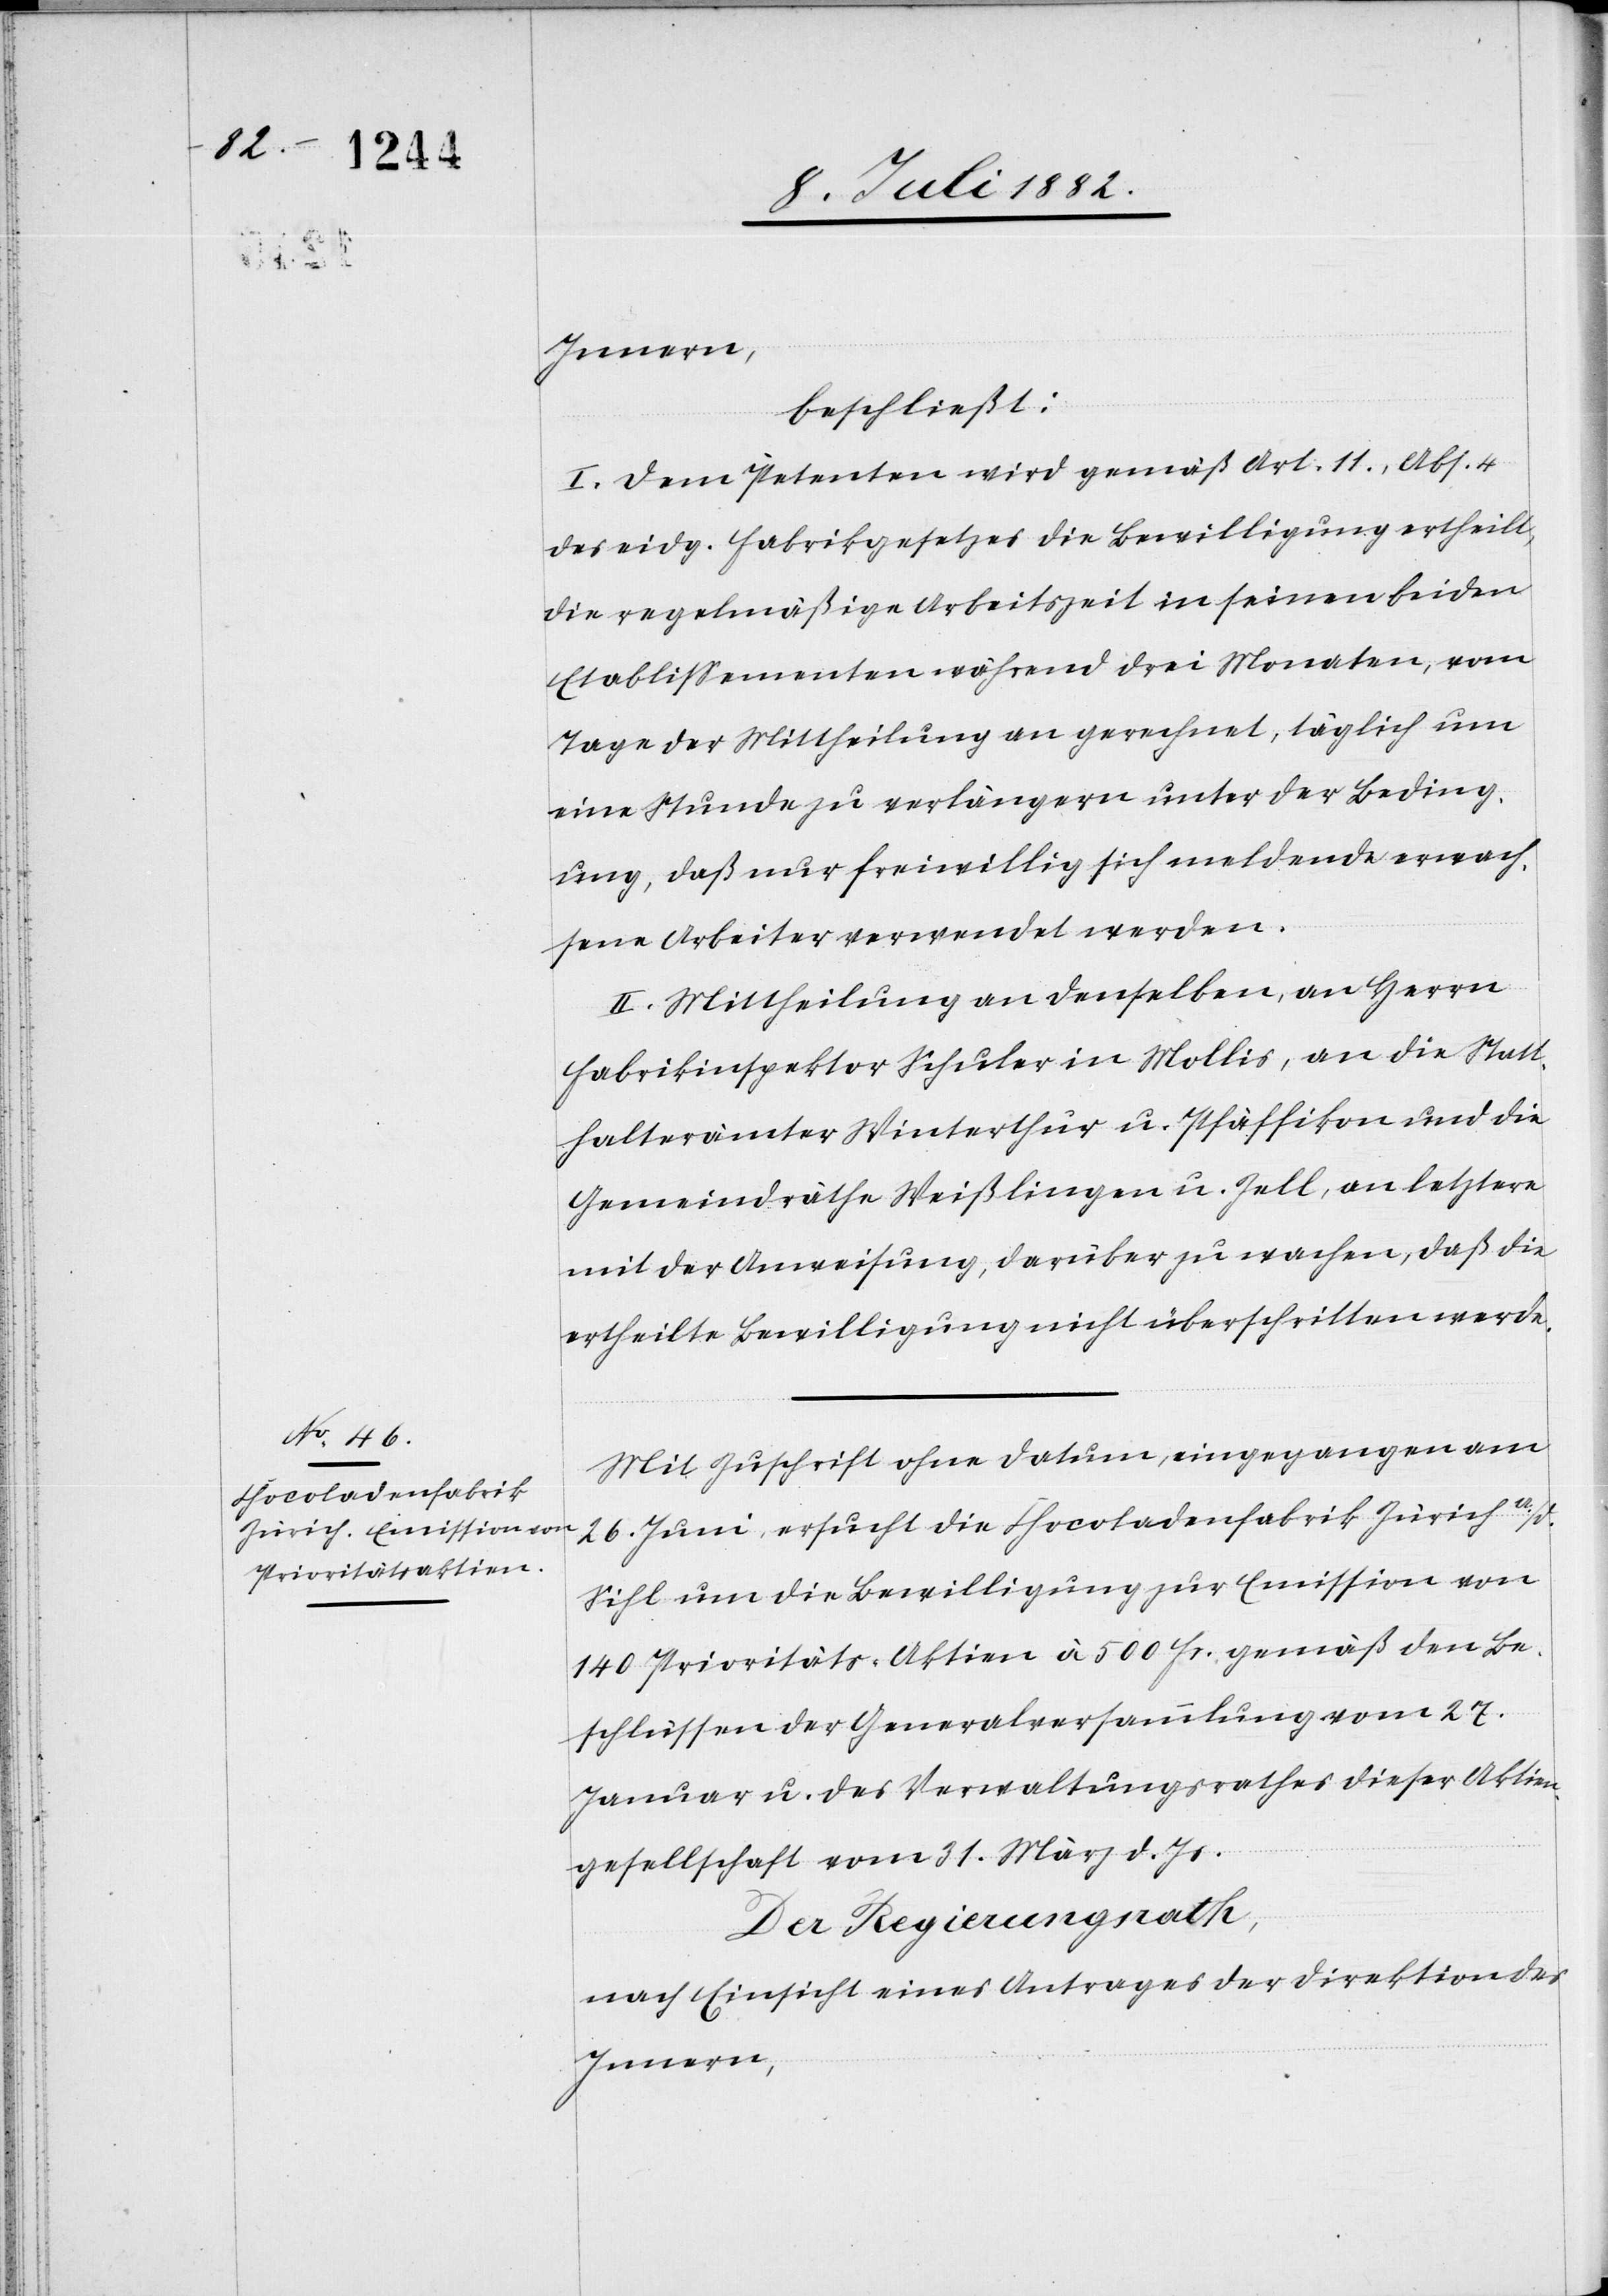
Innern,
beschließt:
I. Dem Petenten wird gemäß Art. 11, Abs. 4
des eidg. Fabrikgesetzes die Bewilligung ertheilt,
die regelmäßige Arbeitszeit in seinen beiden
Etablissementen während drei Monaten, vom
Tage der Mittheilung an gerechnet, täglich um
eine Stunde zu verlängern unter der Beding¬
ung, daß nur freiwillig sich meldende erwach¬
sene Arbeiter verwendet werden.
II. Mittheilung an denselben, an Herrn
Fabrikinspektor Schuler in Mollis, an die Statt¬
halterämter Winterthur u. Pfäffikon und die
Gemeindräthe Weißlingen u. Zell, an letztere
mit der Anweisung, darüber zu wachen, daß die
ertheilte Bewilligung nicht überschritten werde.
Mit Zuschrift ohne Datum, eingegangen am
26. Juni, ersucht die Chocoladenfabrik Zürich a./d.
Sihl um die Bewilligung zur Emission von
140 Prioritäts-Aktien à 500 Fr. gemäß den Be¬
schlüssen der Generalversammlung vom 27.
Januar u. des Verwaltungsrathes dieser Aktien¬
gesellschaft vom 31. März d. Js.
Der Regierungsrath,
nach Einsicht eines Antrages der Direktion des
Innern,